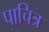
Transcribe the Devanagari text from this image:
पाचित्र